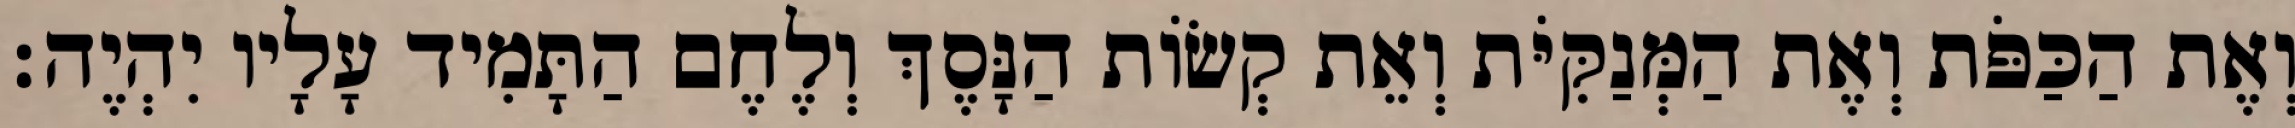
וְאֶת הַכַּפֹּת וְאֶת הַמְּנַקִּיֹּת וְאֵת קְשׂוֹת הַנָּסֶךְ וְלֶחֶם הַתָּמִיד עָלָיו יִהְיֶה׃